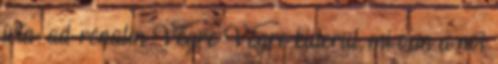
írta: ad-renalin Végre Végre kiderül, mi van a női